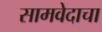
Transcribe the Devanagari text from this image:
सामवेदाचा